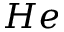
H e